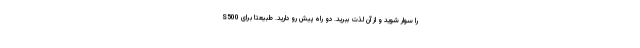
S500 را سوار شوید و از آن لذت ببرید. دو راه پیش رو دارید. طبیعتا برای